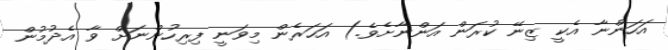
އަހަންނާ އެކީ ޒިނޭ ކުރަން އަންނާށެވެ.) އަހަރެން މިވަނީ ފިރިހުންނަށް ވާ އެދުމުން